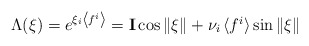
\begin{align*} \Lambda(\xi)=\textstyle{e^{\xi_i \left<f^i\right>}={\bf I}\cos\|\xi\|+\nu_i \left<f^i\right>}\sin\|\xi\|\end{align*}